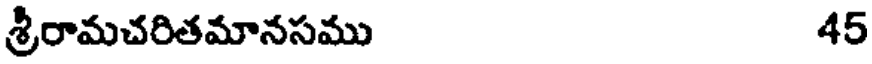
శ్రీరామచరితమానసము 45